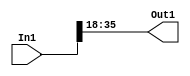
// -------------------------------------------------------------
// 
// 
// Generated by MATLAB 8.2 and HDL Coder 3.3
// 
// -------------------------------------------------------------


// -------------------------------------------------------------
// 
// Module: velocityControlHdl_Convert_Data_Type_block1
// Source Path: velocityControlHdl/Transform_dq_to_ABC/Inverse_Park_Transform/Convert_Data_Type
// Hierarchy Level: 6
// 
// -------------------------------------------------------------

`timescale 1 ns / 1 ns

module velocityControlHdl_Convert_Data_Type_block1
          (
           In1,
           Out1
          );


  input   signed [35:0] In1;  // sfix36_En28
  output  signed [17:0] Out1;  // sfix18_En10


  wire signed [17:0] Data_Type_Conversion_out1;  // sfix18_En10


  // <S45>/Data Type Conversion
  assign Data_Type_Conversion_out1 = In1[35:18];



  assign Out1 = Data_Type_Conversion_out1;

endmodule  // velocityControlHdl_Convert_Data_Type_block1